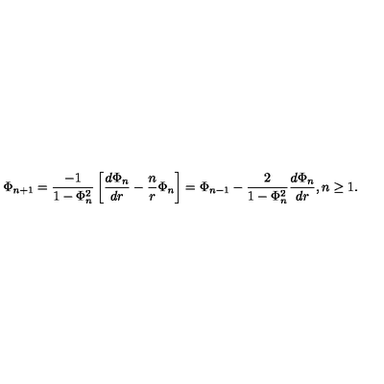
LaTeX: \Phi _ { n + 1 } = \frac { - 1 } { 1 - \Phi _ { n } ^ { 2 } } \left[ \frac { d \Phi _ { n } } { d r } - \frac { n } { r } \Phi _ { n } \right] = \Phi _ { n - 1 } - \frac { 2 } { 1 - \Phi _ { n } ^ { 2 } } \frac { d \Phi _ { n } } { d r } , n \geq 1 .